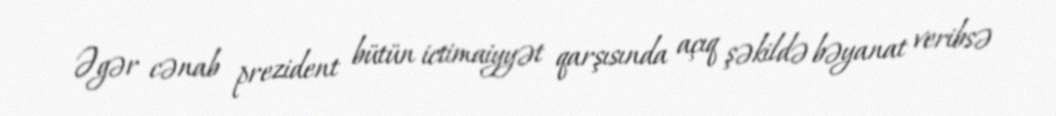
Əgər cənab prezident bütün ictimaiyyət qarşısında açıq şəkildə bəyanat veribsə